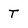
Character: T